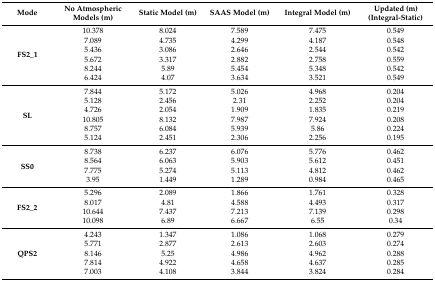
<table><thead><tr><td><b>Mode</b></td><td><b>No Atmospheric Models (m)</b></td><td><b>Static Model (m)</b></td><td><b>SAAS Model (m)</b></td><td><b>Integral Model (m)</b></td><td><b>Updated (m) (Integral-Static)</b></td></tr></thead><tbody><tr><td rowspan="6"><b>FS2_1</b></td><td>10.378</td><td>8.024</td><td>7.589</td><td>7.475</td><td>0.549</td></tr><tr><td>7.089</td><td>4.735</td><td>4.299</td><td>4.187</td><td>0.548</td></tr><tr><td>5.436</td><td>3.086</td><td>2.646</td><td>2.544</td><td>0.542</td></tr><tr><td>5.672</td><td>3.317</td><td>2.882</td><td>2.758</td><td>0.559</td></tr><tr><td>8.244</td><td>5.89</td><td>5.454</td><td>5.348</td><td>0.542</td></tr><tr><td>6.424</td><td>4.07</td><td>3.634</td><td>3.521</td><td>0.549</td></tr><tr><td rowspan="6"><b>SL</b></td><td>7.844</td><td>5.172</td><td>5.026</td><td>4.968</td><td>0.204</td></tr><tr><td>5.128</td><td>2.456</td><td>2.31</td><td>2.252</td><td>0.204</td></tr><tr><td>4.726</td><td>2.054</td><td>1.909</td><td>1.835</td><td>0.219</td></tr><tr><td>10.805</td><td>8.132</td><td>7.987</td><td>7.924</td><td>0.208</td></tr><tr><td>8.757</td><td>6.084</td><td>5.939</td><td>5.86</td><td>0.224</td></tr><tr><td>5.124</td><td>2.451</td><td>2.306</td><td>2.256</td><td>0.195</td></tr><tr><td rowspan="4"><b>SS0</b></td><td>8.738</td><td>6.237</td><td>6.076</td><td>5.776</td><td>0.462</td></tr><tr><td>8.564</td><td>6.063</td><td>5.903</td><td>5.612</td><td>0.451</td></tr><tr><td>7.775</td><td>5.274</td><td>5.113</td><td>4.812</td><td>0.462</td></tr><tr><td>3.95</td><td>1.449</td><td>1.289</td><td>0.984</td><td>0.465</td></tr><tr><td rowspan="4"><b>FS2_2</b></td><td>5.296</td><td>2.089</td><td>1.866</td><td>1.761</td><td>0.328</td></tr><tr><td>8.017</td><td>4.81</td><td>4.588</td><td>4.493</td><td>0.317</td></tr><tr><td>10.644</td><td>7.437</td><td>7.213</td><td>7.139</td><td>0.298</td></tr><tr><td>10.098</td><td>6.89</td><td>6.667</td><td>6.55</td><td>0.34</td></tr><tr><td rowspan="5"><b>QPS2</b></td><td>4.243</td><td>1.347</td><td>1.086</td><td>1.068</td><td>0.279</td></tr><tr><td>5.771</td><td>2.877</td><td>2.613</td><td>2.603</td><td>0.274</td></tr><tr><td>8.146</td><td>5.25</td><td>4.986</td><td>4.962</td><td>0.288</td></tr><tr><td>7.814</td><td>4.922</td><td>4.658</td><td>4.637</td><td>0.285</td></tr><tr><td>7.003</td><td>4.108</td><td>3.844</td><td>3.824</td><td>0.284</td></tr></tbody></table>